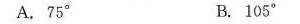
A.75° B.105°